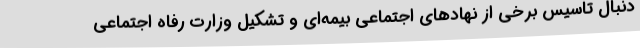
دنبال تاسیس برخی از نهادهای اجتماعی بیمه‌ای و تشکیل وزارت رفاه اجتماعی